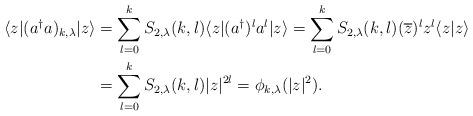
LaTeX: \begin{align*}\langle z|(a^{\dagger}a)_{k,\lambda}|z\rangle &=\sum_{l=0}^{k}S_{2,\lambda}(k,l)\langle z|(a^{\dagger})^{l}a^{l}|z\rangle=\sum_{l=0}^{k}S_{2,\lambda}(k,l)(\overline{z})^{l}z^{l}\langle z|z\rangle \\&=\sum_{l=0}^{k}S_{2,\lambda}(k,l)|z|^{2l}=\phi_{k,\lambda}(|z|^{2}) .\end{align*}